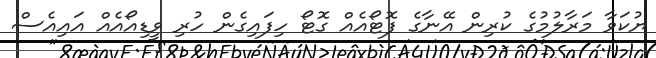
ޔުކަވާ މަރާލުމުގެ ކުރިން އޭނާގެ ފޮޓޯއެއް ގޮޓޯ ހިފައިގެން ހުރި ވީޑިއޯއެއް އައިއެސް